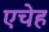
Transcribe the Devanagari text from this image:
एचेह